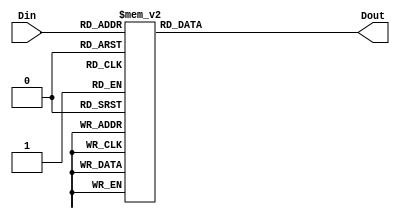
module Seven_Segment(Din, Dout);
input[3:0] Din;
output[6:0] Dout;
reg[6:0] Dout;

always @(Din)
	case(Din)
							  //gfedcba
		4'b0000: Dout = 7'b1000000; // "0"  
		4'b0001: Dout = 7'b1111001; // "1" 
		4'b0010: Dout = 7'b0100100; // "2" 
		4'b0011: Dout = 7'b0110000; // "3" 
		4'b0100: Dout = 7'b0011001; // "4" 
		4'b0101: Dout = 7'b0010010; // "5" 
		4'b0110: Dout = 7'b0000010; // "6" 
		4'b0111: Dout = 7'b1111000; // "7" 
		4'b1000: Dout = 7'b0000000; // "8"  
		4'b1001: Dout = 7'b0010000; // "9" 
		4'b1010: Dout = 7'b0001000; // "A" 
		4'b1011: Dout = 7'b0000011; // "B" 
		4'b1100: Dout = 7'b1000110; // "C" 
		4'b1101: Dout = 7'b0100001; // "D" 
		4'b1110: Dout = 7'b0000110; // "E" 
		4'b1111: Dout = 7'b0001110; // "F"	
	endcase
endmodule